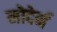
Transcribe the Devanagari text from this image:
मोदेर्न